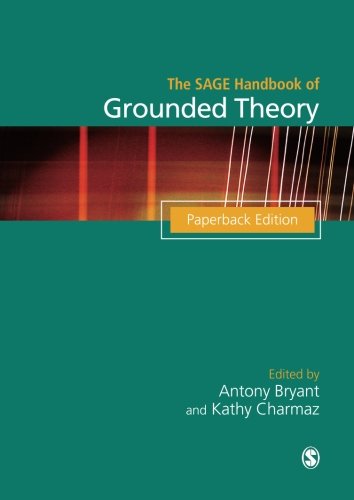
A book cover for The SAGE Handbook of Grounded Theory: Paperback Edition (Sage Handbooks); Business & Money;